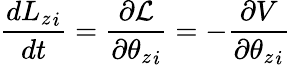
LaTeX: {\frac{d{L_{z}}_{i}}{dt}}={\frac{\partial{\cal{L}}}{\partial{{\theta_{z}}_{i}}}}=-{\frac{\partial V}{\partial{{\theta_{z}}_{i}}}}